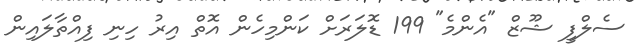
ސެލްފީ ޝޫޒް "އެންމެ" 199 ޑޮލަރަށް ކަންމިހެން އޮތް އިރު ހިނި ފިއްތާލައިން